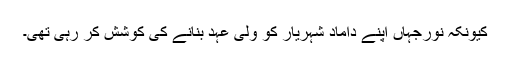
کیونکہ نورجہاں اپنے داماد شہریار کو ولی عہد بنانے کی کوشش کر رہی تھی۔